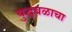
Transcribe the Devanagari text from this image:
युद्धबळाचा